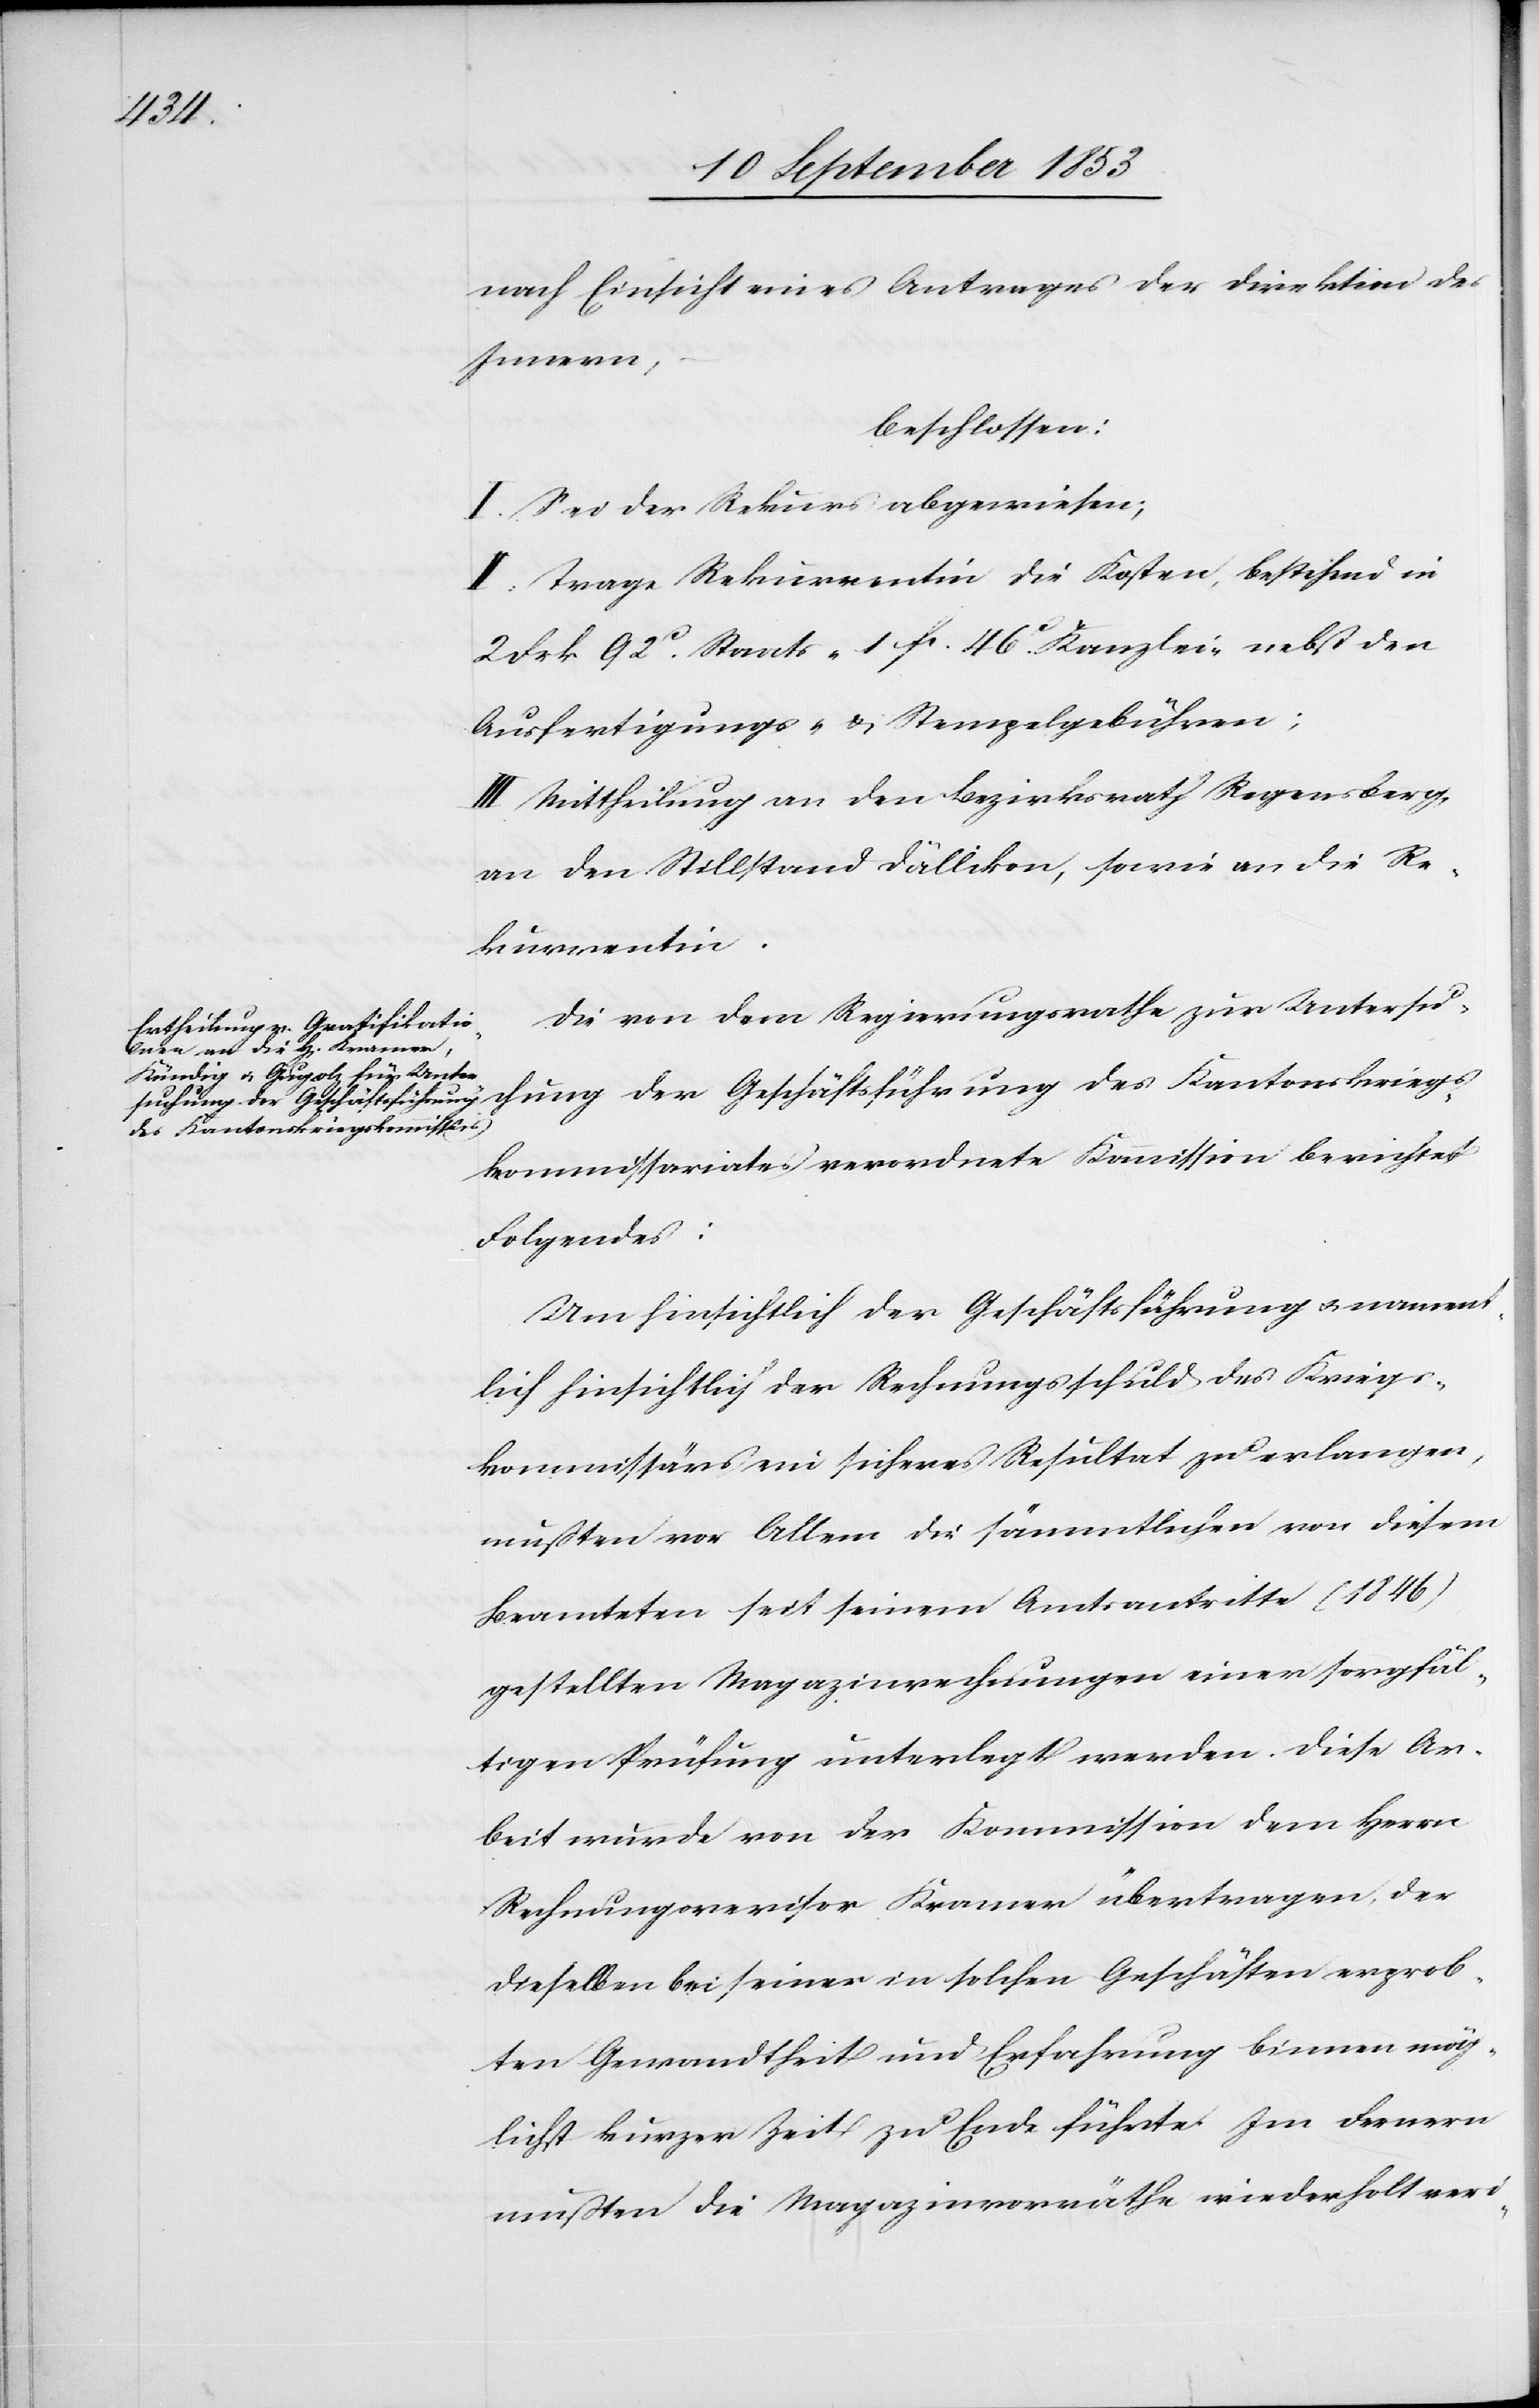
nach Einsicht eines Antrages der Direktion des
Innern,
beschlossen:
I. Sei der Rekurs abgewiesen.
II. Trage Rekurrentin die Kosten, bestehend in
2 Frk. 92c Staats- 1 fr. 46c Kanzlei- nebst den
Ausfertigungs- u. Stempelgebühren.
III. Mittheilung an den Bezirksrath Regensberg,
an den Stillstand Dällikon, sowie an die Re¬
kurrentin.
Die von dem Regierungsrathe zur Untersu¬
chung der Geschäftsführung des Kantonskriegs¬
kommissariats verordnete Kommission berichtet
Folgendes:
Um hinsichtlich der Geschäftsführung u. nament¬
lich hinsichtlich der Rechnungsschuld des Kriegs¬
kommissärs ein sicheres Resultat zu erlangen,
mußten vor Allem die sämmtlichen von diesem
Beamteten seit seinem Amtsantritte (1846)
gestellten Magazinrechnungen einer sorgfäl¬
tigen Prüfung unterlegt werden. Diese Ar¬
beit wurde von der Kommission dem Herrn
Rechnungsrevisor Kramer übertragen der
dieselben bei seiner in solchen Geschäften erprob¬
ten Gewandtheit und Erfahrung binnen mög¬
lichst kurzer Zeit zu Ende führte. Im Fernern
mußten die Magazinvorräthe wiederholt veri-